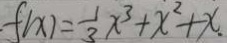
f ( x ) = \frac { 1 } { 3 } x ^ { 3 } + x ^ { 2 } + x .